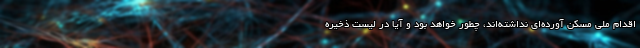
اقدام ملی مسکن آورده‌ای نداشته‌اند، چطور خواهد بود و آیا در لیست ذخیره